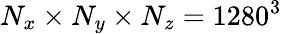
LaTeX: N_{x}\times N_{y}\times N_{z}=1280^{3}